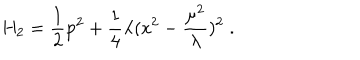
H _ { 2 } = \frac { 1 } { 2 } \mathrm { p } ^ { 2 } + \frac { 1 } { 4 } \lambda ( \mathrm { x } ^ { 2 } - \frac { \mu ^ { 2 } } { \lambda } ) ^ { 2 } \; .